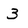
Character: 3